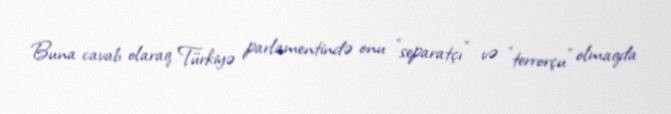
Buna cavab olaraq Türkiyə parlamentində onu "separatçı" və "terrorçu" olmaqda